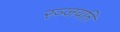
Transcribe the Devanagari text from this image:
रञ्जयति